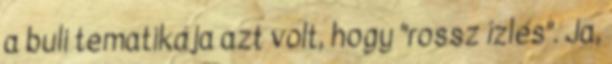
a buli tematikája azt volt, hogy "rossz ízlés". Ja,